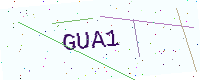
Text: GUA1